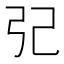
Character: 𢀶